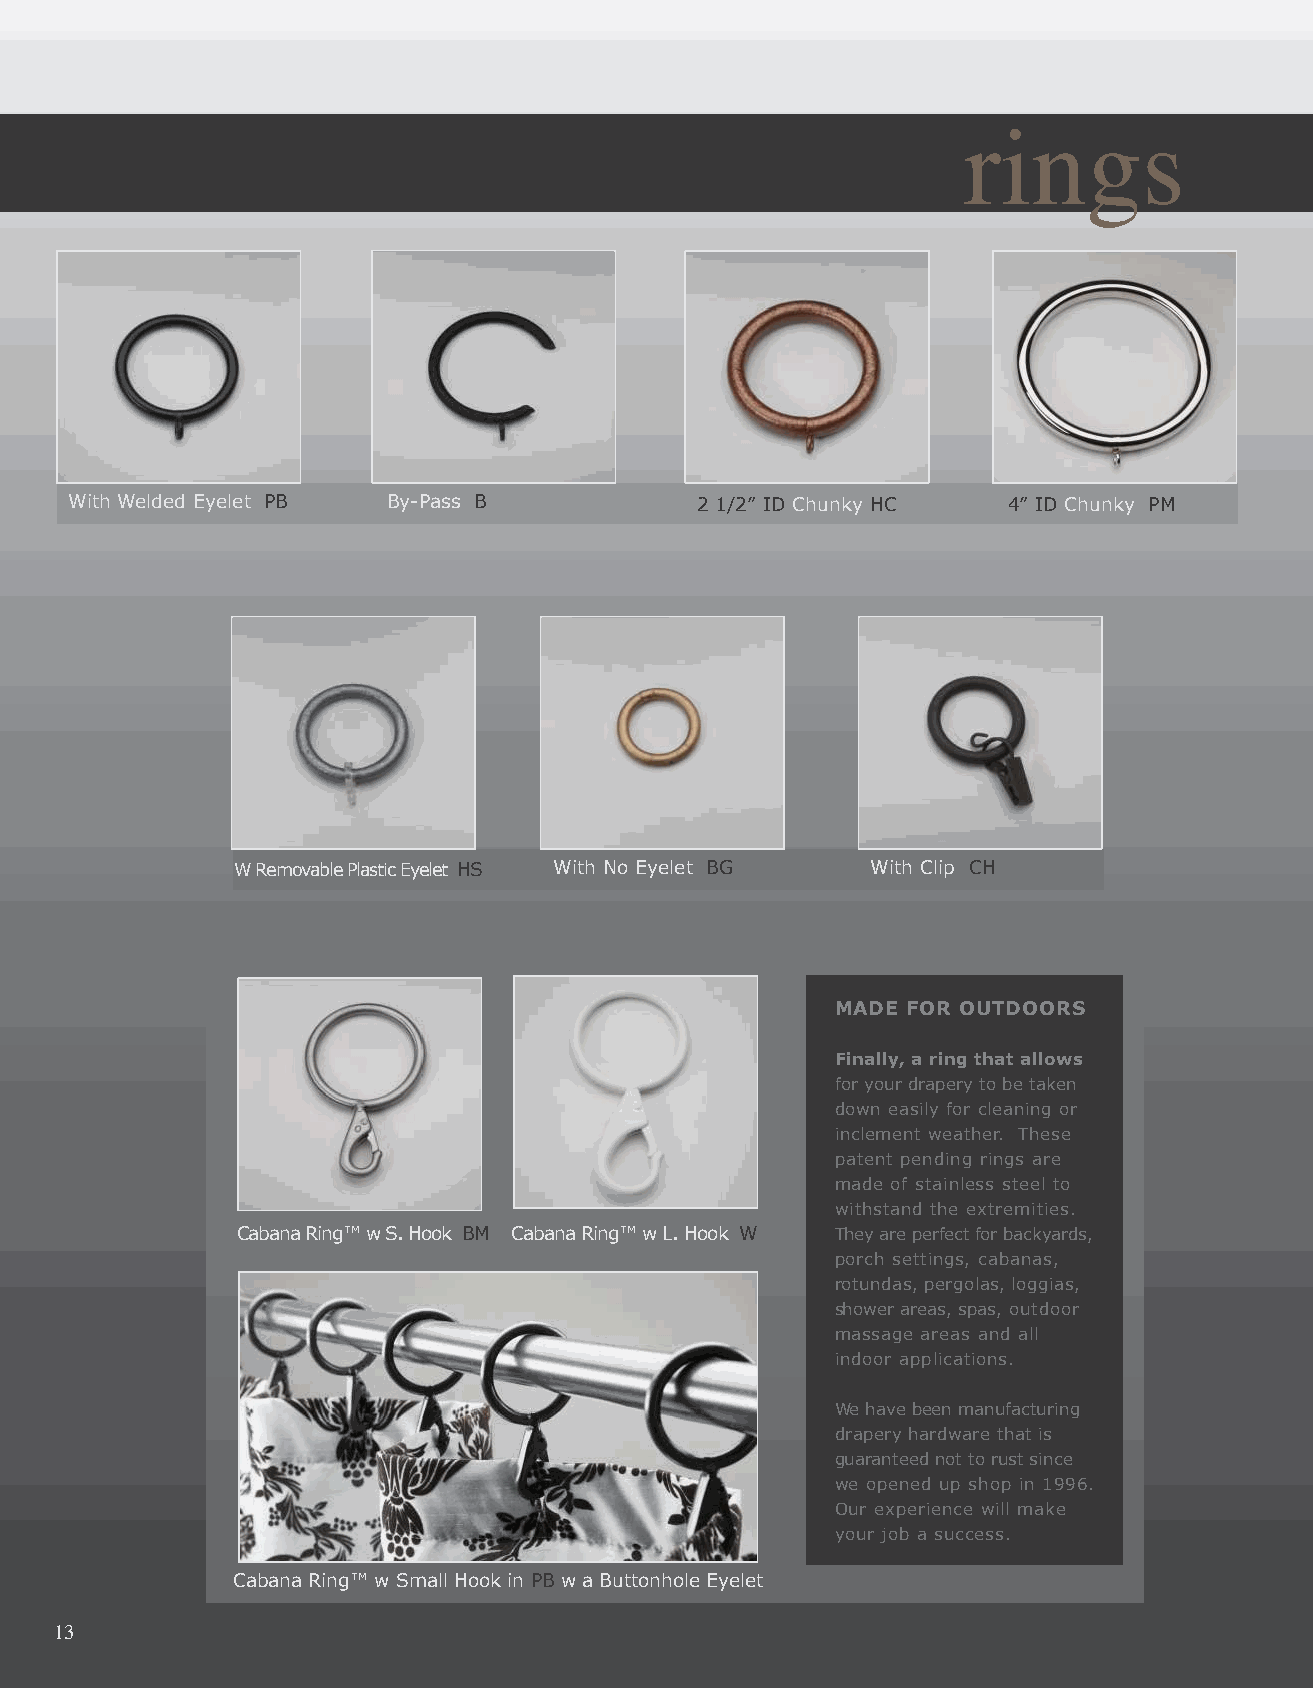
rings
 With Welded Eyelet PB By-Pass B          2 1/2” ID Chunky HC  4” ID Chunky PM
 W Removable Plastic Eyelet HS With No Eyelet BG With Clip CH
 MADE FOR OUTDOORS
 Finally, a ring that allows
 for your drapery to be taken
 down easily for cleaning or
 inclement weather. These
 patent pending rings are
 made of stainless steel to
 withstand the extremities.
 Cabana Ring™ w S. Hook BM Cabana Ring™ w L. Hook W They are perfect for backyards,
 porch settings, cabanas,
 rotundas, pergolas, loggias,
 shower areas, spas, outdoor
 massage areas and all
 indoor applications.
 We have been manufacturing
 drapery hardware that is
 guaranteed not to rust since
 we opened up shop in 1996.
 Our experience will make
 your job a success.
 Cabana Ring™ w Small Hook in PB w a Buttonhole Eyelet
 14
 13